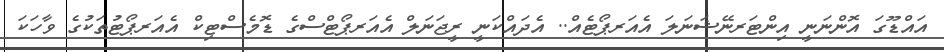
އައްޑޫގަ އޮންނަނީ އިންޓަރނޭޝަނަލަ އެއަރޕޯޓެއް.. އެދައްކަނީ ރީޖަނަލް އެއަރޕޯޓްސްގެ ޑޮމެސްޓިކް އެއަރޕޯޓުތަކުގެ ވާހަކަ